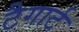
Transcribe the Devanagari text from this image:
टैगार्ट